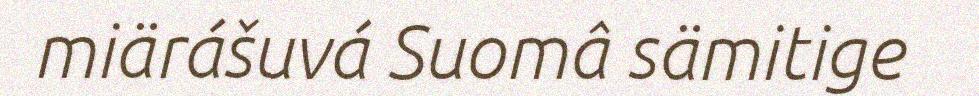
miärášuvá Suomâ sämitige